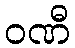
ဝဏီ